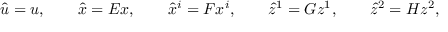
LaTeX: \hat { u } = u , \qquad \hat { x } = E x , \qquad \hat { x } ^ { i } = F x ^ { i } , \qquad \hat { z } ^ { 1 } = G z ^ { 1 } , \qquad \hat { z } ^ { 2 } = H z ^ { 2 } ,